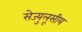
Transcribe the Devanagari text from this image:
सेज्युलूसीय